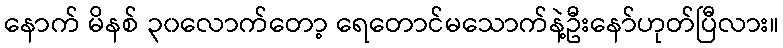
နောက် မိနစ် ၃၀လောက်တော့ ရေတောင်မသောက်နဲ့ဦးနော်ဟုတ်ပြီလား။